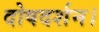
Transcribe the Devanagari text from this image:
दोषदर्शन।